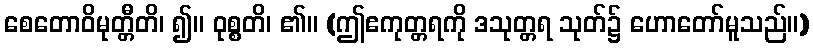
စေတောဝိမုတ္တီတိ၊ ၍။ ဝုစ္စတိ၊ ၏။ (ဤဧကုတ္တရကို ဒသုတ္တရ သုတ်၌ ဟောတော်မူသည်။)